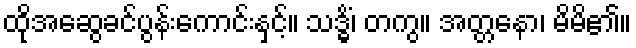
ထိုအဆွေခင်ပွန်းကောင်းနှင့်။ သဒ္ဓိံ၊ တကွ။ အတ္တနော၊ မိမိ၏။